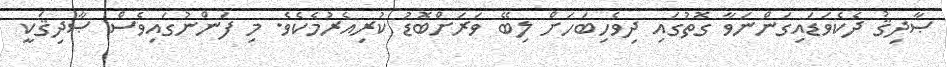
ޞާދިޤު ދެކެވަޑައިގަންނަވާ ގޮތުގައި ދިވެހިބަހަށް ލިބޭ ވަރަށްބޮޑު ކުރިއެރުމެކެވެ. މި ފަންނުގައިވެސް ޞާދިޤަކީ